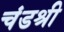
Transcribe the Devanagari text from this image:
चंडश्री